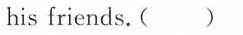
his friends. ( )